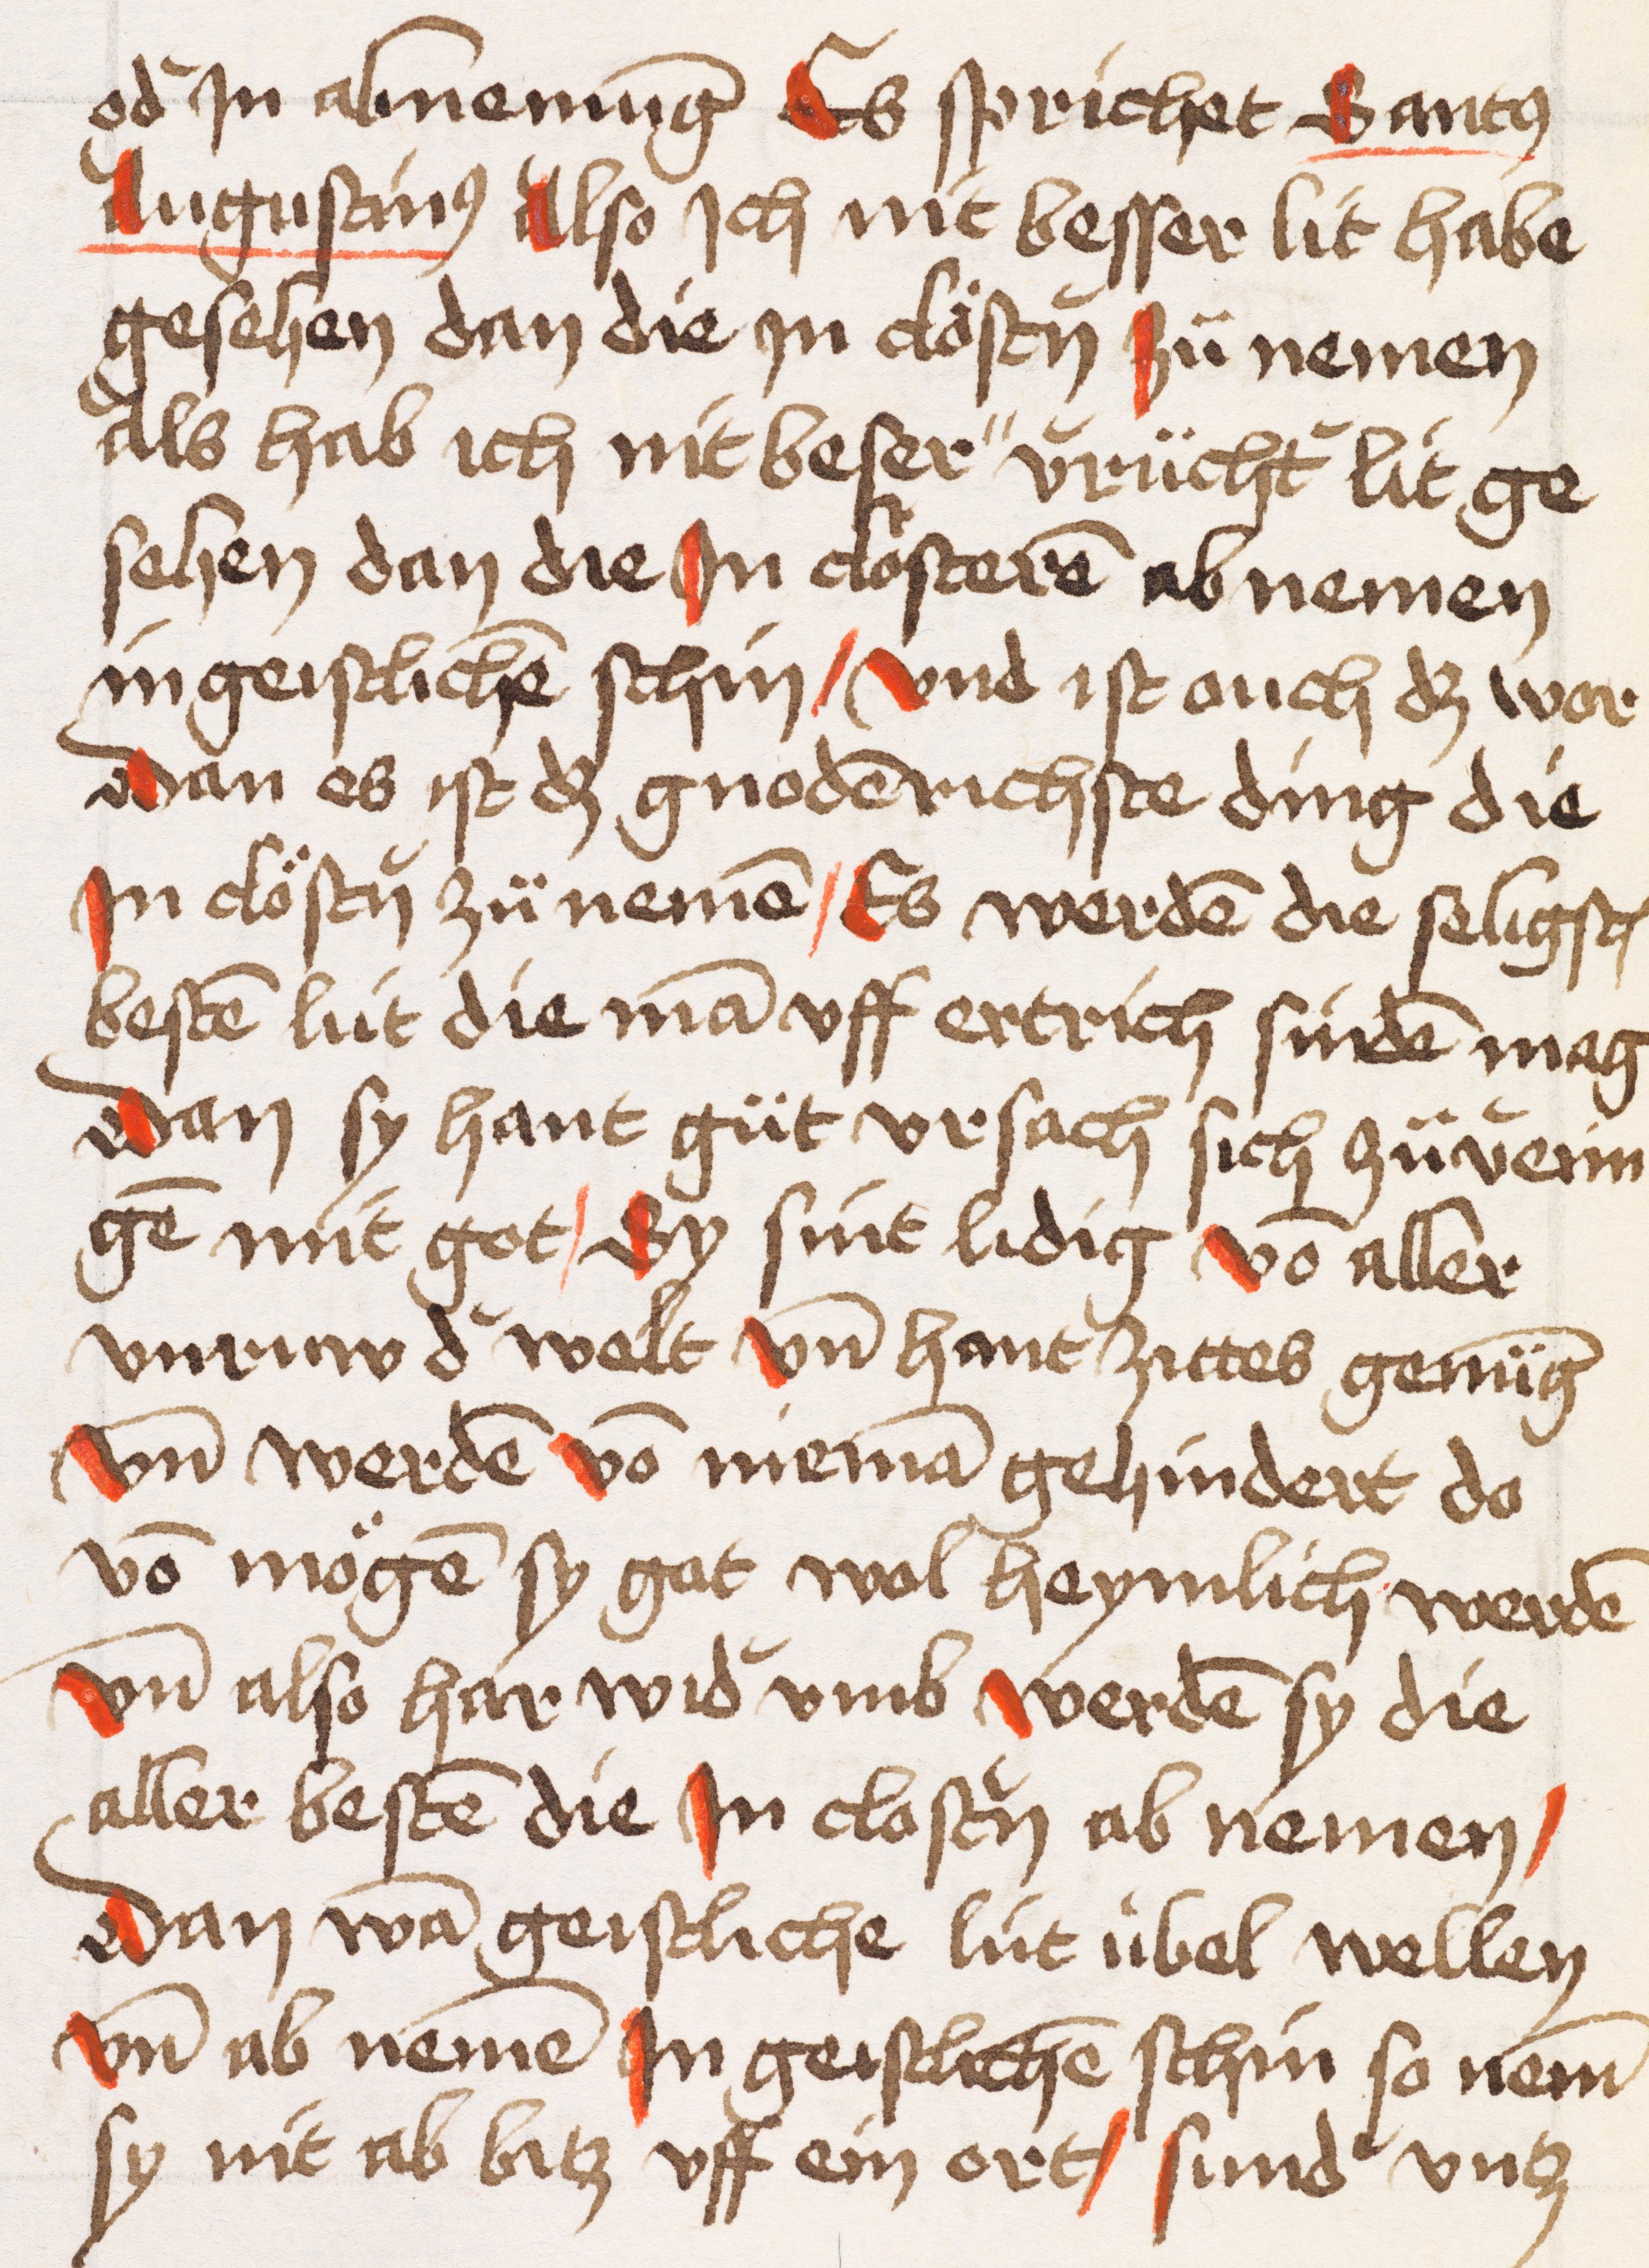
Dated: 1400–1499